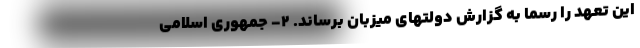
این تعهد را رسما به گزارش دولتهای میزبان برساند. ۲- جمهوری اسلامی